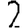
Digit: 2